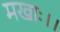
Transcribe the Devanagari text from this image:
मखाः।।